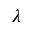
\lambda